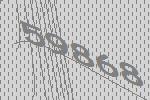
59868